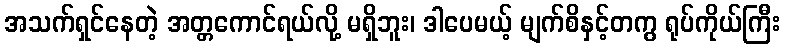
အသက်ရှင်နေတဲ့ အတ္တကောင်ရယ်လို့ မရှိဘူး၊ ဒါပေမယ့် မျက်စိနှင့်တကွ ရုပ်ကိုယ်ကြီး